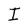
Character: I